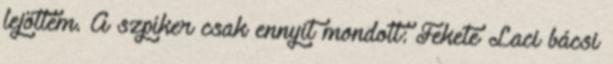
lejöttem. A szpíker csak ennyit mondott: Fekete Laci bácsi